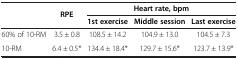
|  | RPE | <COLSPAN=3> Heart rate, bpm |
 |  |  | 1st exercise | Middle session | Last exercise |
 | --- | --- | --- | --- | --- |
 | 60% of 10-RM | 3.5 ± 0.8 | 108.5 ± 14.2 | 104.9 ± 13.0 | 104.5 ± 7.3 |
 | 10-RM | 6.4 ± 0.5* | 134.4 ± 18.4* | 129.7 ± 15.6* | 123.7 ± 13.9* |